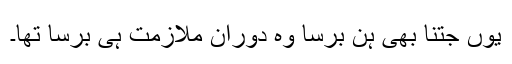
یوں جتنا بھی ہن برسا وہ دوران ملازمت ہی برسا تھا۔